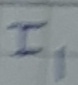
Text: I1